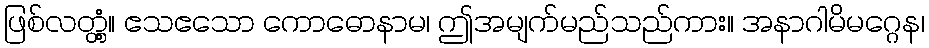
ဖြစ်လတ္တံ့။ ဧသဧသော ကောဓောနာမ၊ ဤအမျက်မည်သည်ကား။ အနာဂါမိမဂ္ဂေန၊